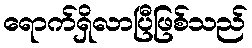
ရောက်ရှိလာပြီဖြစ်သည်